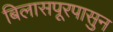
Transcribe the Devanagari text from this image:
बिलासपूरपासुन